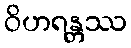
ဝိဟရန္တဿ